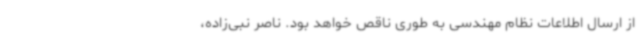
از ارسال اطلاعات نظام مهندسی به طوری ناقص خواهد بود. ناصر نبی‌زاده،